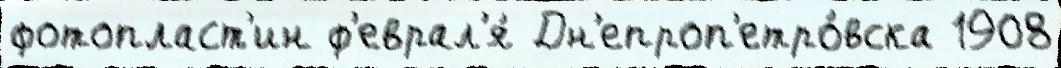
фотопласт'ин ф'еврал'я́ Дн'епроп'етро́вска 1908